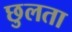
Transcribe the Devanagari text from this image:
छुलता